65_HS1-834228961_62-HQ-83894_Section_1
Agency: FBI
Page 138
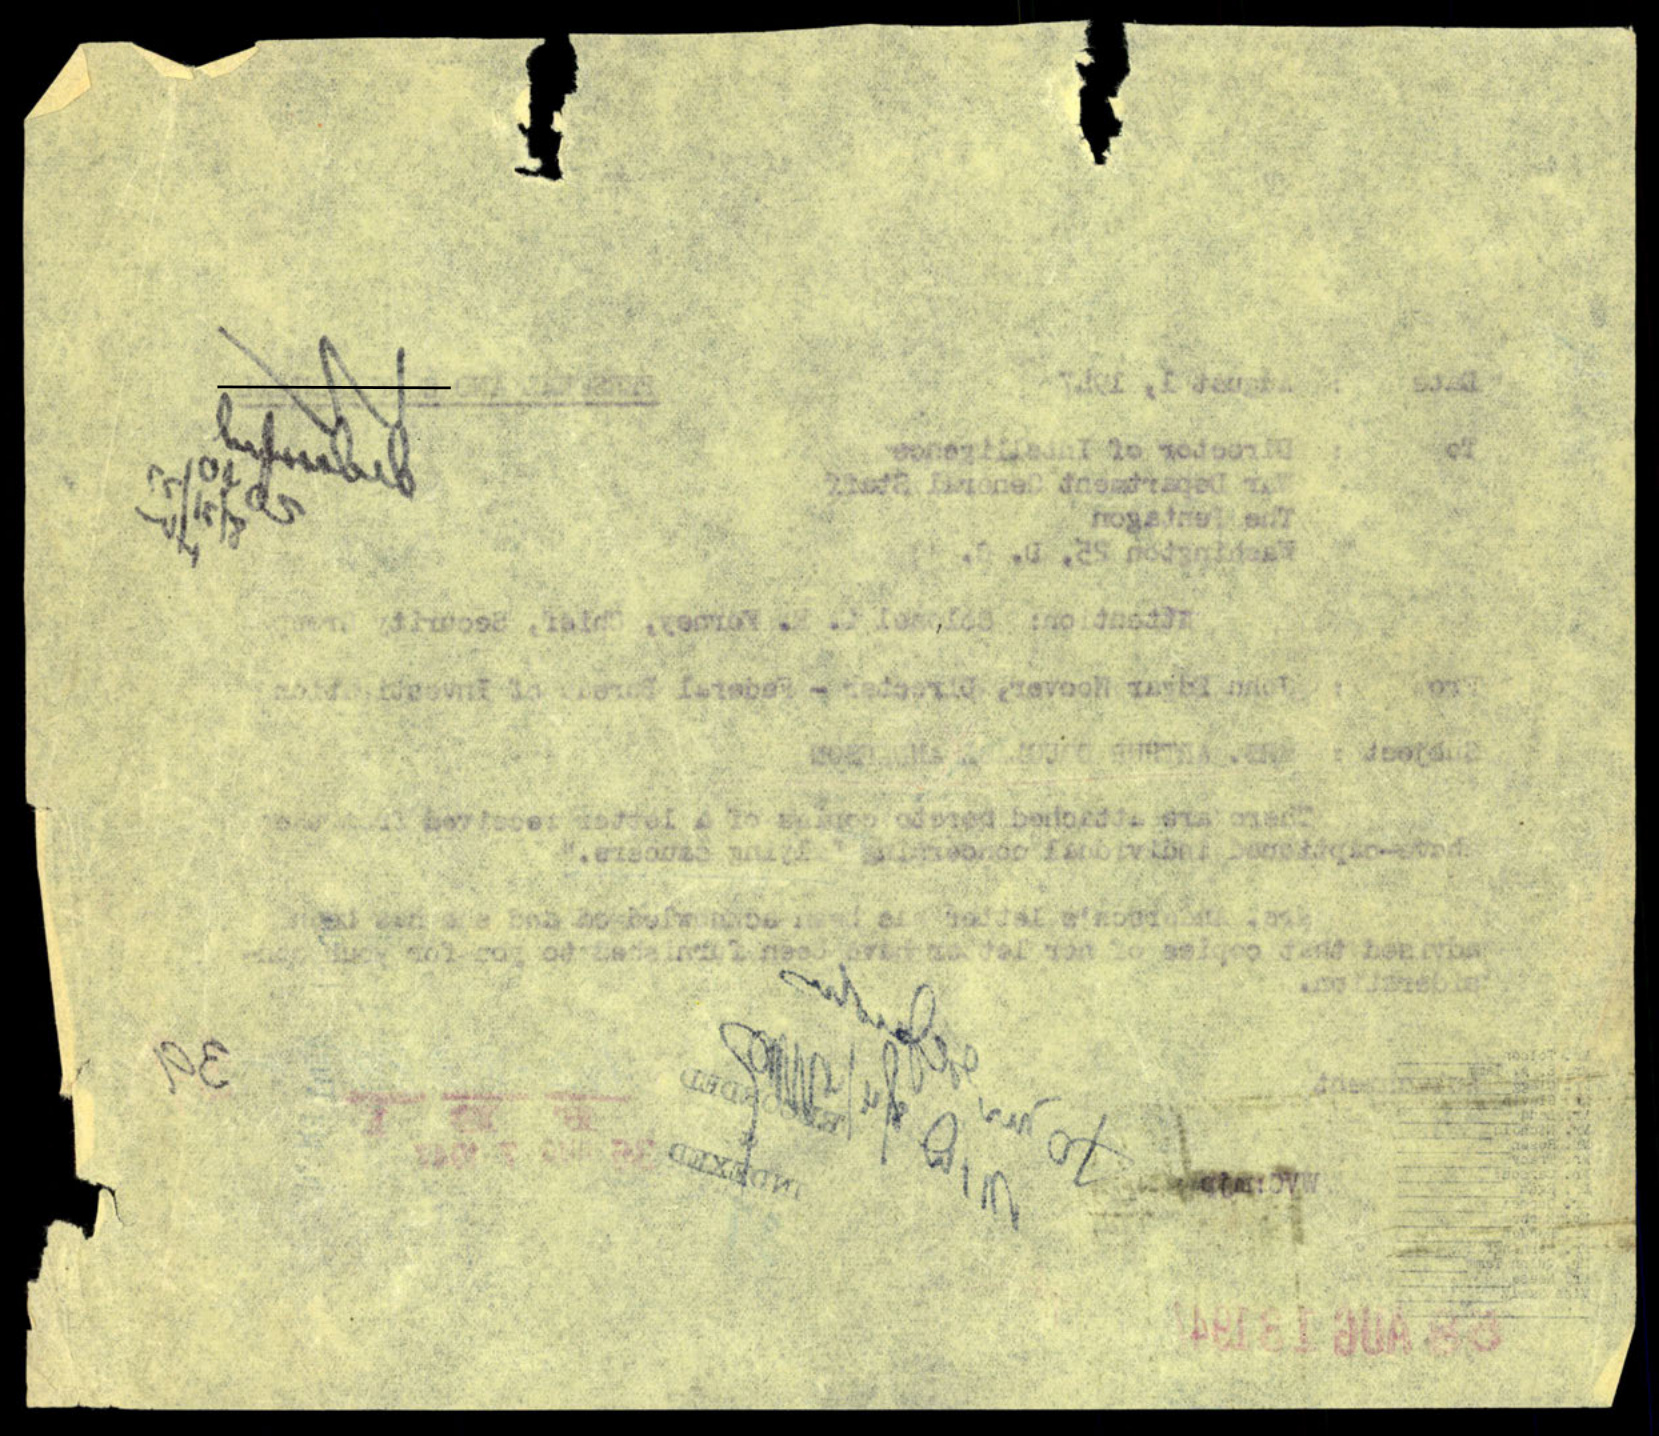